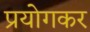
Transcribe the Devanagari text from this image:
प्रयोगकर